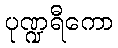
ပုဏ္ဍရီကော